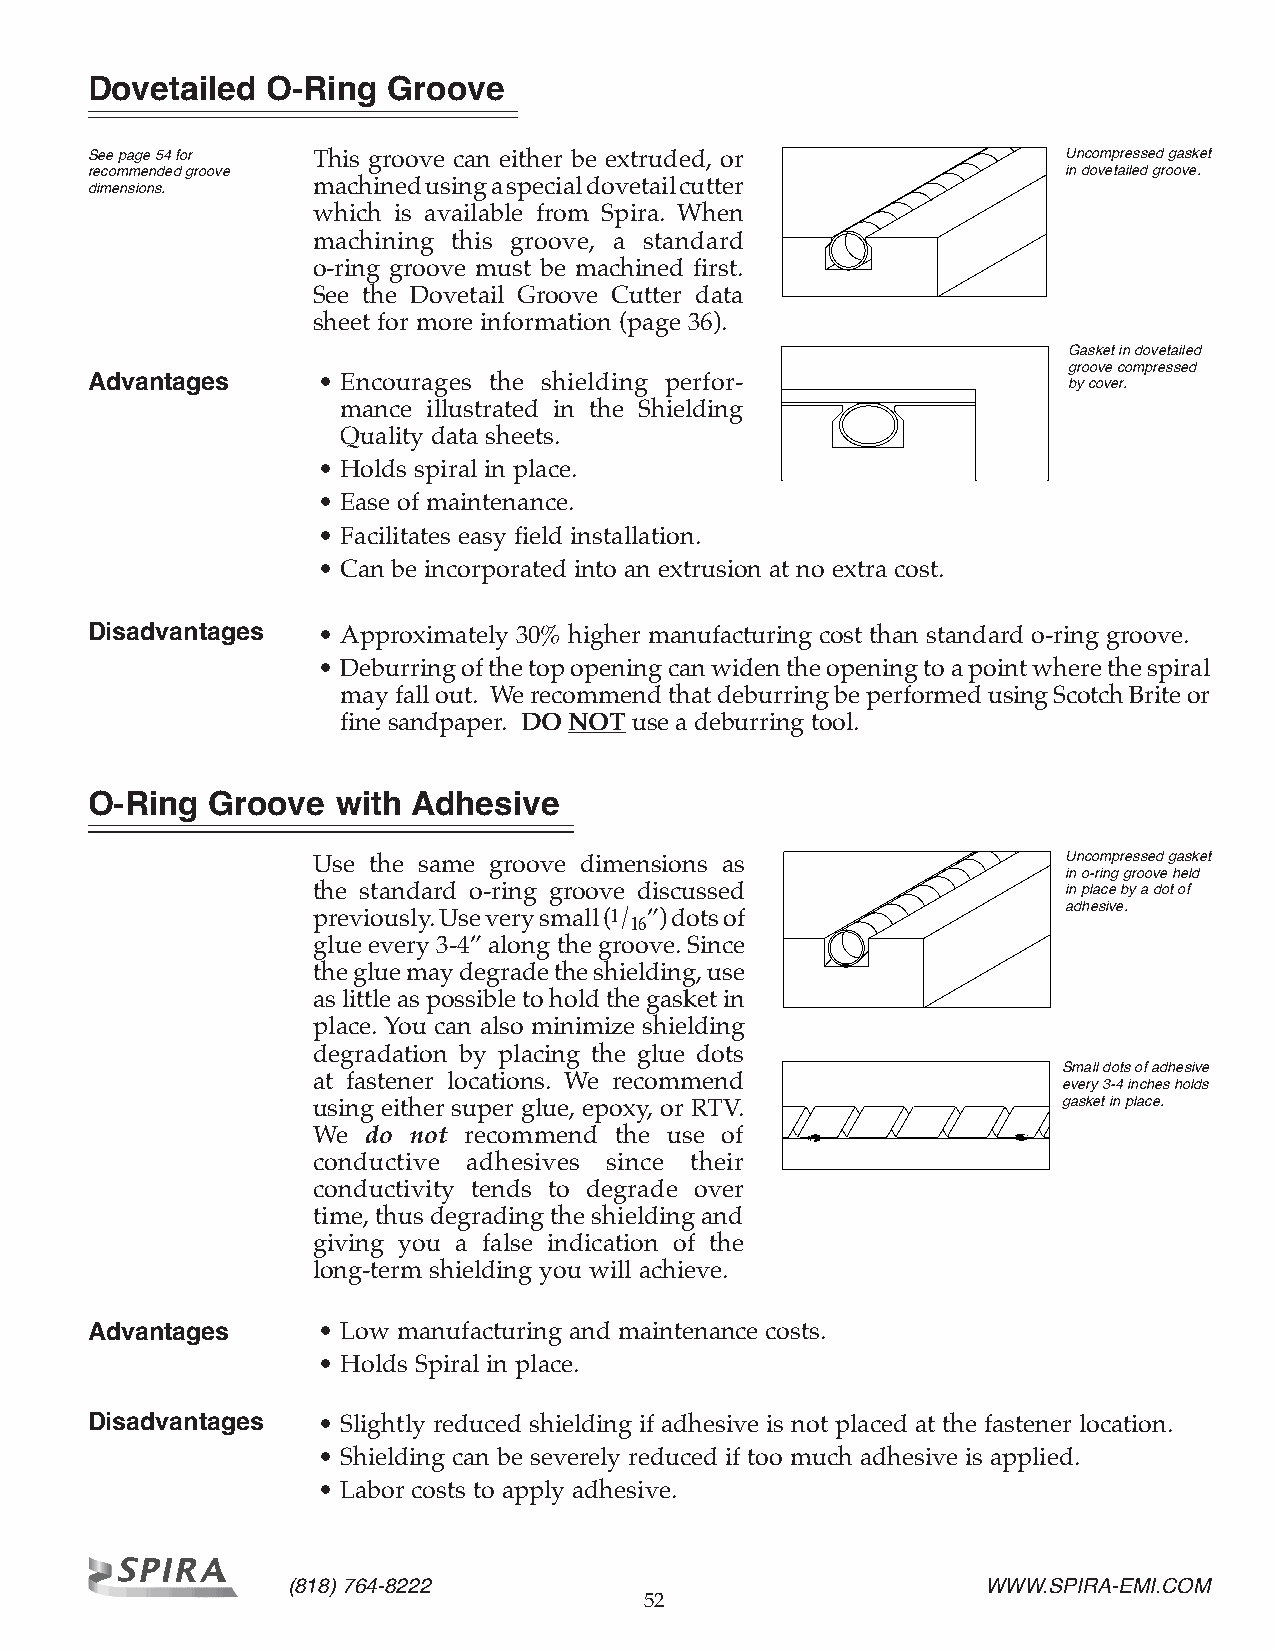
Dovetailed  O-Ring  Groove
 See page 54 for This groove can either be extruded, or           Uncompressed gasket
 recommended groove                                               in dovetailed groove.
 dimensions.    machined using a special dovetail cutter
 which is available from Spira. When
 machining this groove, a standard
 o-ring groove must be machined first.
 See the Dovetail Groove Cutter data
 sheet for more information (page 36).
 Gasket in dovetailed
 groove compressed
 Advantages     • Encourages the shielding perfor-                by cover.
 mance illustrated in the Shielding
 Quality data sheets.
 • Holds spiral in place.
 • Ease of maintenance.
 • Facilitates easy field installation.
 • Can be incorporated into an extrusion at no extra cost.
 Disadvantages  • Approximately 30% higher manufacturing cost than standard o-ring groove.
 • Deburring of the top opening can widen the opening to a point where the spiral
 may fall out. We recommend that deburring be performed using Scotch Brite or
 fine sandpaper. DO NOT use a deburring tool.
 O-Ring  Groove  with Adhesive
 Use the same groove dimensions as                 Uncompressed gasket
 in o-ring groove held
 the standard o-ring groove discussed              in place by a dot of
 adhesive.
 previously. Use very small (1/ ”) dots of
 16
 glue every 3-4” along the groove. Since
 the glue may degrade the shielding, use
 as little as possible to hold the gasket in
 place. You can also minimize shielding
 degradation by placing the glue dots
 Small dots of adhesive
 at fastener locations. We recommend              every 3-4 inches holds
 using either super glue, epoxy, or RTV.          gasket in place.
 We do not recommend the use of
 conductive adhesives since their
 conductivity tends to degrade over
 time, thus degrading the shielding and
 giving you a false indication of the
 long-term shielding you will achieve.
 Advantages     • Low manufacturing and maintenance costs.
 • Holds Spiral in place.
 Disadvantages  • Slightly reduced shielding if adhesive is not placed at the fastener location.
 • Shielding can be severely reduced if too much adhesive is applied.
 • Labor costs to apply adhesive.
 (818) 764-8222                                WWW.SPIRA-EMI.COM
 52